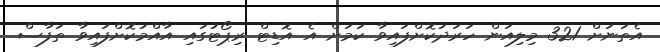
އެތަނަށް 321 މިލިއަން ހަރަދުކޮށްފައިވާ ކަމަށް އެ އޮޑިޓް ރިޕޯޓުގައި އާއްމުކޮށްފައިވާ ތަފާސް